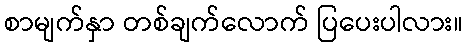
စာမျက်နှာ တစ်ချက်လောက် ပြပေးပါလား။